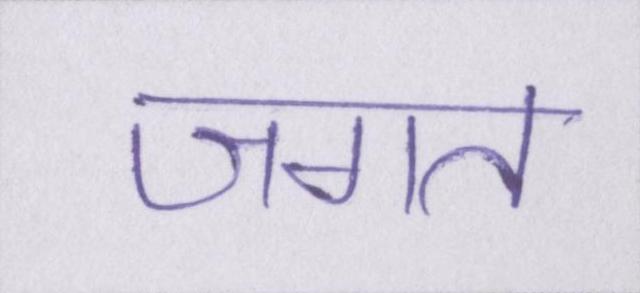
जगत